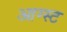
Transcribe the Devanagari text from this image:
आग्‍स्‍ट